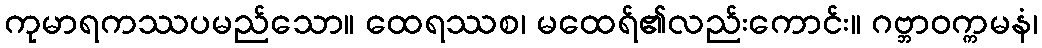
ကုမာရကဿပမည်သော။ ထေရဿစ၊ မထေရ်၏လည်းကောင်း။ ဂဗ္ဘာဝက္ကမနံ၊